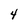
Character: 4